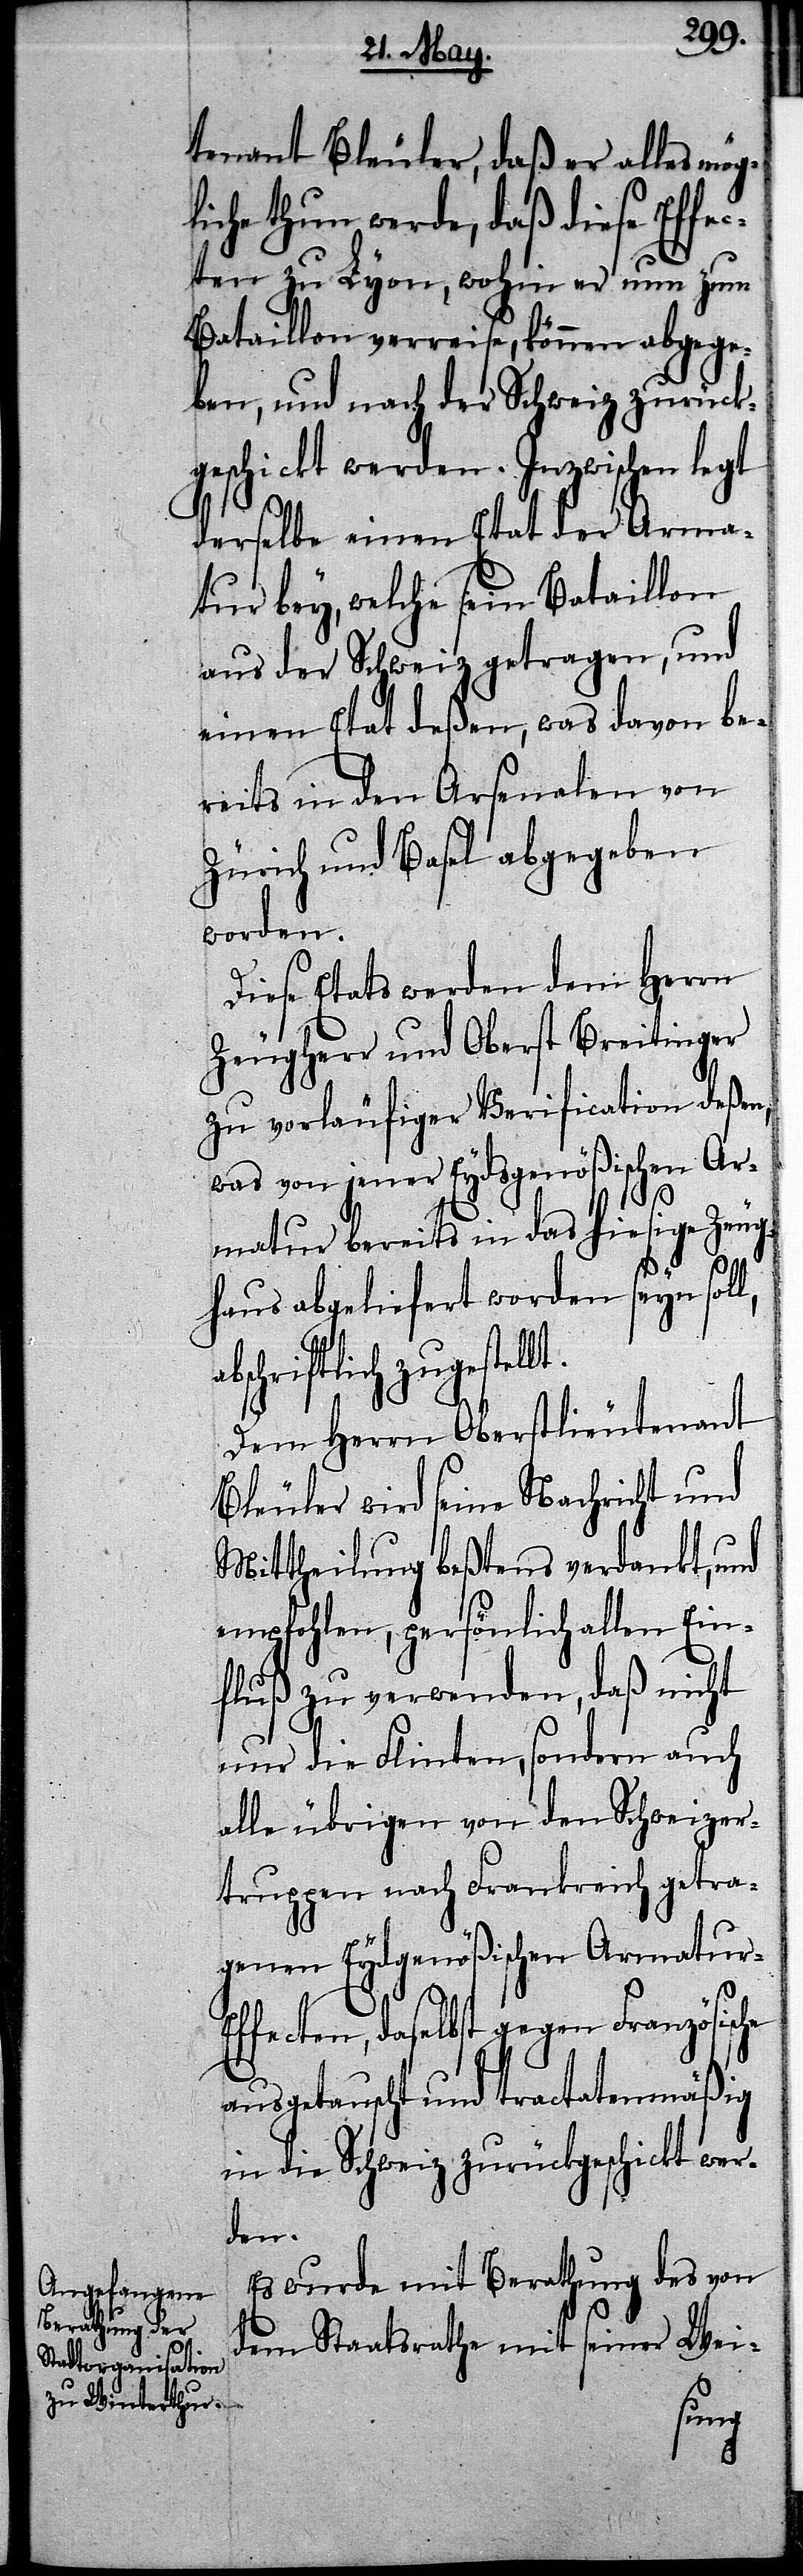
tenant Bleuler, daß er alles mög¬
liche thun werde, daß diese Effec¬
ten zu Lyon, wohn er nun zum
Bataillon verreise, können abgege¬
ben, und nach der Schweiz zurück¬
geschickt werden. Inzwischen legt
derselbe einen Etat der Arma¬
tur bey, welche sein Bataillon
aus der Schweiz getragen, und
einen Etat deßen, was daon be¬
reits in den Arsenalen von
Zürich und Basel abgegeben
worden.
Diese Etats werden dem Herrn
Zeugherr und Oberst Breitinger
zu vorläufiger Verification deßen,
was von jener Eydsgenößischen Ar¬
matur bereits in das hiesige Zeug¬
haus abgeliefert worden seyn sol¬
abschriftlich zugestellt.
Dem Herrn Oberstlieutenant
Bleuler wird seine Nachricht und
Mittehilung beßtens verdankt, und
empfohlen, persönlich allen Ein¬
fluß zu verwenden, daß nicht
nur die Flinten, sondern auch
alle übrigen von den Schweizer¬
truppen nach Frankreich getra¬
genen Eydsgenößischen Armatur-E¬
ffecten, daselbst gegen Französische
ausgetauscht und tractatenmäßig
in die Schweiz zurückgeschickt wer¬
den.
Es wurde mit Berathung des von
dem Staatsrathe mit seiner Wei-
l,